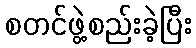
စတင်ဖွဲ့စည်းခဲ့ပြီး